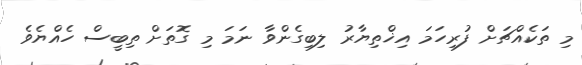
މި ތަކެއްޗަށް ފުރިހަމަ އިޚްތިޔާރު ލިބިގެންވާ ނަމަ މި ގޮތަށް ތިބީސް ހެއްޔެވެ